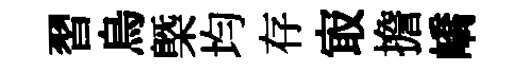
習烏㮣均存㝡擔嶠